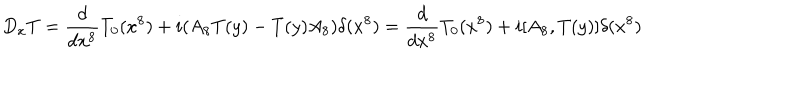
D _ { x } T = \frac { d } { d x ^ { 8 } } T _ { 0 } ( x ^ { 8 } ) + i ( A _ { 8 } T ( y ) - T ( y ) A _ { 8 } ) \delta ( x ^ { 8 } ) = \frac { d } { d x ^ { 8 } } T _ { 0 } ( x ^ { 8 } ) + i [ A _ { 8 } , T ( y ) ] \delta ( x ^ { 8 } )